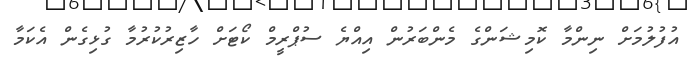
އުފުލުމަށް ނިންމާ ކޮމިޝަންގެ މެންބަރުން އިއްޔެ ސުޕްރީމް ކޯޓަށް ހާޒިރުކުރުމާ ގުޅިގެން އެކަމާ